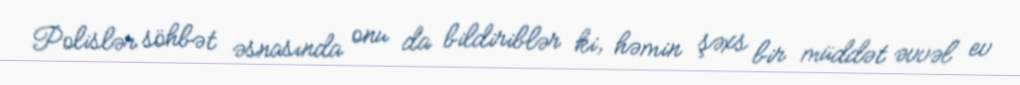
Polislər söhbət əsnasında onu da bildiriblər ki, həmin şəxs bir müddət əvvəl ev